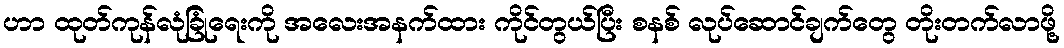
ဟာ ထုတ်ကုန်လုံခြုံရေးကို အလေးအနက်ထား ကိုင်တွယ်ပြီး စနစ် လုပ်ဆောင်ချက်တွေ တိုးတက်လာဖို့